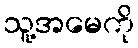
သူ့အမေကို